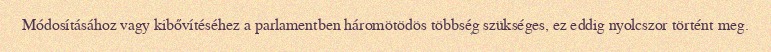
Módosításához vagy kibővítéséhez a parlamentben háromötödös többség szükséges, ez eddig nyolcszor történt meg.